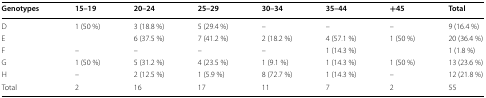
| Genotypes | 15–19 | 20–24 | 25–29 | 30–34 | 35–44 | +45 | Total |
 | --- | --- | --- | --- | --- | --- | --- | --- |
 | D | 1 (50 %) | 3 (18.8 %) | 5 (29.4 %) | – | – | – | 9 (16.4 %) |
 | E |  | 6 (37.5 %) | 7 (41.2 %) | 2 (18.2 %) | 4 (57.1 %) | 1 (50 %) | 20 (36.4 %) |
 | F | – | – | – | – | 1 (14.3 %) |  | 1 (1.8 %) |
 | G | 1 (50 %) | 5 (31.2 %) | 4 (23.5 %) | 1 (9.1 %) | 1 (14.3 %) | 1 (50 %) | 13 (23.6 %) |
 | H | – | 2 (12.5 %) | 1 (5.9 %) | 8 (72.7 %) | 1 (14.3 %) | – | 12 (21.8 %) |
 | Total | 2 | 16 | 17 | 11 | 7 | 2 | 55 |